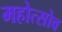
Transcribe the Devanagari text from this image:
महोत्सोव